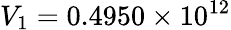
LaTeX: V_{1}=0.4950\times 10^{12}